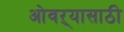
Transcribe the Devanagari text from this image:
ओवऱ्यासाठी